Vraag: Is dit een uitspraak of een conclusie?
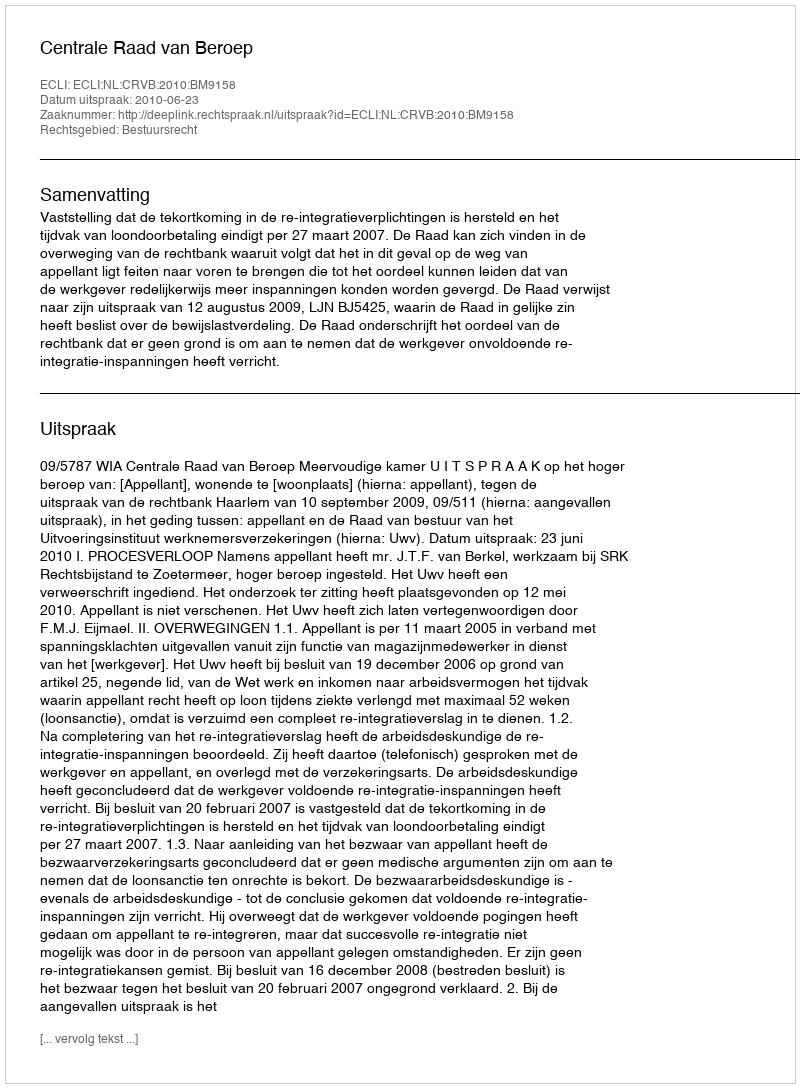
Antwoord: Uitspraak